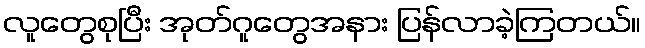
လူတွေစုပြီး အုတ်ဂူတွေအနား ပြန်လာခဲ့ကြတယ်။